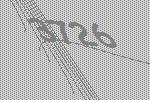
3726